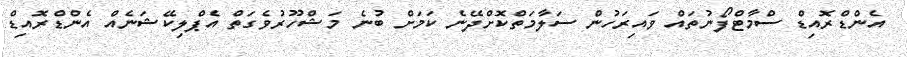
އެންޑްރޮއިޑް ސްމާޓްފޯނުތައް ވައިރަހުން ސަލާމަތްކޮށްދޭނެ ކަމަށް ބުނެ މަޝްހޫރުވެގަތް އެޕްލިކޭޝަނެއް އެންޑްރޮއިޑް